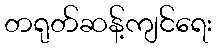
တရုတ်ဆန့်ကျင်ရေး